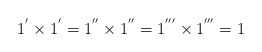
\begin{align*}1^{'}\times 1^{'} = 1^{''} \times 1^{''} = 1^{'''} \times 1^{'''} = 1\end{align*}